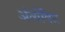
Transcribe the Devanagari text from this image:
अंत्येषिट